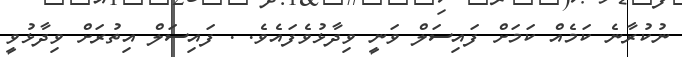
ނުކުރާނެ ކަމެއް ކަމަށް ފައިސަލް ވަނީ ވިދާޅުވެފައެވެ. . ފައިސަލް އިތުރަށް ވިދާޅުވީ